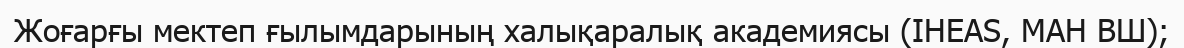
Жоғарғы мектеп ғылымдарының халықаралық академиясы (IHEAS, МАН ВШ);